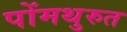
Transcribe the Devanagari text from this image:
पोंमथुरुत